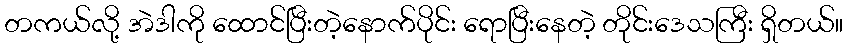
တကယ်လို့ အဲဒါကို ထောင်ပြီးတဲ့နောက်ပိုင်း ရောပြီးနေတဲ့ တိုင်းဒေသကြီး ရှိတယ်။